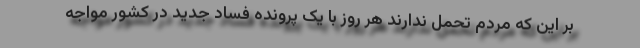
بر این که مردم تحمل ندارند هر روز با یک پرونده فساد جدید در کشور مواجه